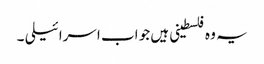
یہ وہ فلسطینی ہیں جو اب اسرائیلی ۔